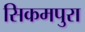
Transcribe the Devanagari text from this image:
सिकमपुरा